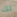
لك